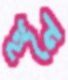
স্থনে